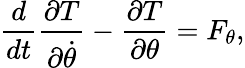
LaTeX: {\frac{d}{dt}}{\frac{\partial T}{\partial{\dot{\theta}}}}-{\frac{\partial T}{\partial\theta}}=F_{\theta},